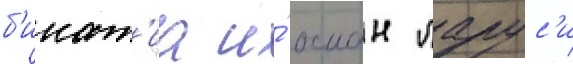
б'инат'иа и́ осман ларус'и